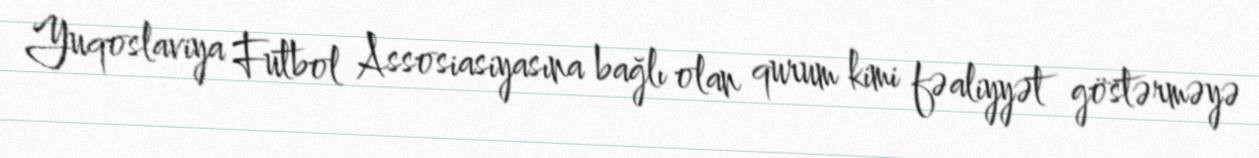
Yuqoslaviya Futbol Assosiasiyasına bağlı olan qurum kimi fəaliyyət göstərməyə